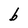
Character: b